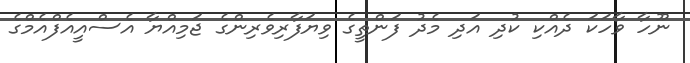
ނޫހާ ވާހަކަ ދެއްކި ކުދި އަދި މެދު ފަންތީގެ ވިޔަފާރިވެރިންގެ ޖަމިއްޔާ އެސްއީއެފްއެމްގެ